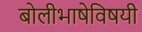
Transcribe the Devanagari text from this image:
बोलीभाषेविषयी